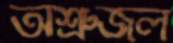
অশ্রুজল